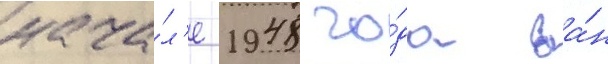
нача́л'е 1948 го́да ва́н